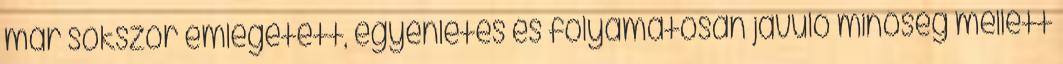
már sokszor emlegetett, egyenletes és folyamatosan javuló minôség mellett